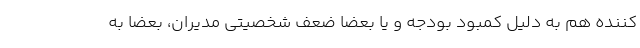
کننده هم به دلیل کمبود بودجه و یا بعضا ضعف شخصیتی مدیران، بعضا به